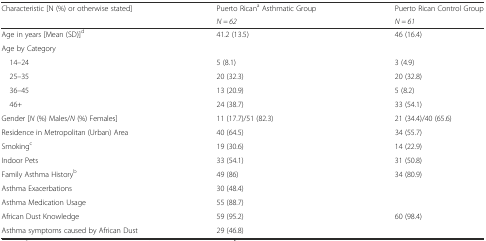
<table><thead><tr><td rowspan="2"><b>Characteristic [N (%) or otherwise stated]</b></td><td><b>Puerto Rican<sup>a</sup> Asthmatic Group</b></td><td><b>Puerto Rican Control Group</b></td></tr><tr><td><b><i>N = 62</i></b></td><td><b><i>N = 61</i></b></td></tr></thead><tbody><tr><td>Age in years [Mean (SD)]<sup>d</sup></td><td>41.2 (13.5)</td><td>46 (16.4)</td></tr><tr><td>Age by Category</td><td></td><td></td></tr><tr><td> 14–24</td><td>5 (8.1)</td><td>3 (4.9)</td></tr><tr><td> 25–35</td><td>20 (32.3)</td><td>20 (32.8)</td></tr><tr><td> 36–45</td><td>13 (20.9)</td><td>5 (8.2)</td></tr><tr><td> 46+</td><td>24 (38.7)</td><td>33 (54.1)</td></tr><tr><td>Gender [<i>N</i> (%) Males/<i>N</i> (%) Females]</td><td>11 (17.7)/51 (82.3)</td><td>21 (34.4)/40 (65.6)</td></tr><tr><td>Residence in Metropolitan (Urban) Area</td><td>40 (64.5)</td><td>34 (55.7)</td></tr><tr><td>Smoking<sup>c</sup></td><td>19 (30.6)</td><td>14 (22.9)</td></tr><tr><td>Indoor Pets</td><td>33 (54.1)</td><td>31 (50.8)</td></tr><tr><td>Family Asthma History<sup>b</sup></td><td>49 (86)</td><td>34 (80.9)</td></tr><tr><td>Asthma Exacerbations</td><td>30 (48.4)</td><td></td></tr><tr><td>Asthma Medication Usage</td><td>55 (88.7)</td><td></td></tr><tr><td>African Dust Knowledge</td><td>59 (95.2)</td><td>60 (98.4)</td></tr><tr><td>Asthma symptoms caused by African Dust</td><td>29 (46.8)</td><td></td></tr></tbody></table>